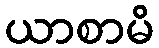
ယာစာမိ